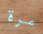
مرة